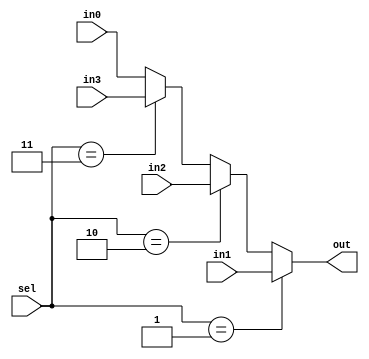
`timescale 1ns / 1ps
//////////////////////////////////////////////////////////////////////////////////
// Company: 
// Engineer: 
// 
// Design Name: 
// Module Name: PCMux
// Project Name: 
// Target Devices: 
// Tool Versions: 
// Description: 
// 
// Dependencies: 
// 
// Revision:
// Revision 0.01 - File Created
// Additional Comments:
// 
//////////////////////////////////////////////////////////////////////////////////


module PCMux (in0, in1, in2, in3, sel, out);
    input [31:0] in0, in1, in2, in3;
    input [1:0] sel;
    output reg [31:0] out;
    always @(*)
    begin
    out <= in0;
    if (sel == 2'b01)
        begin
        out <= in1;
        end
    else if (sel == 2'b10)
        begin
        out <= in2;
        end
    else if (sel == 2'b11)
        begin
        out <= in3;
        end
    end
endmodule